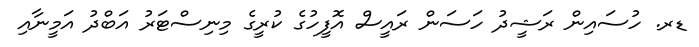
ޑރ. ހުސައިން ރަޝީދު ހަސަން ރައީސް އޮފީހުގެ ކުރީގެ މިނިސްޓަރު އަބްދު އަމީނާއި